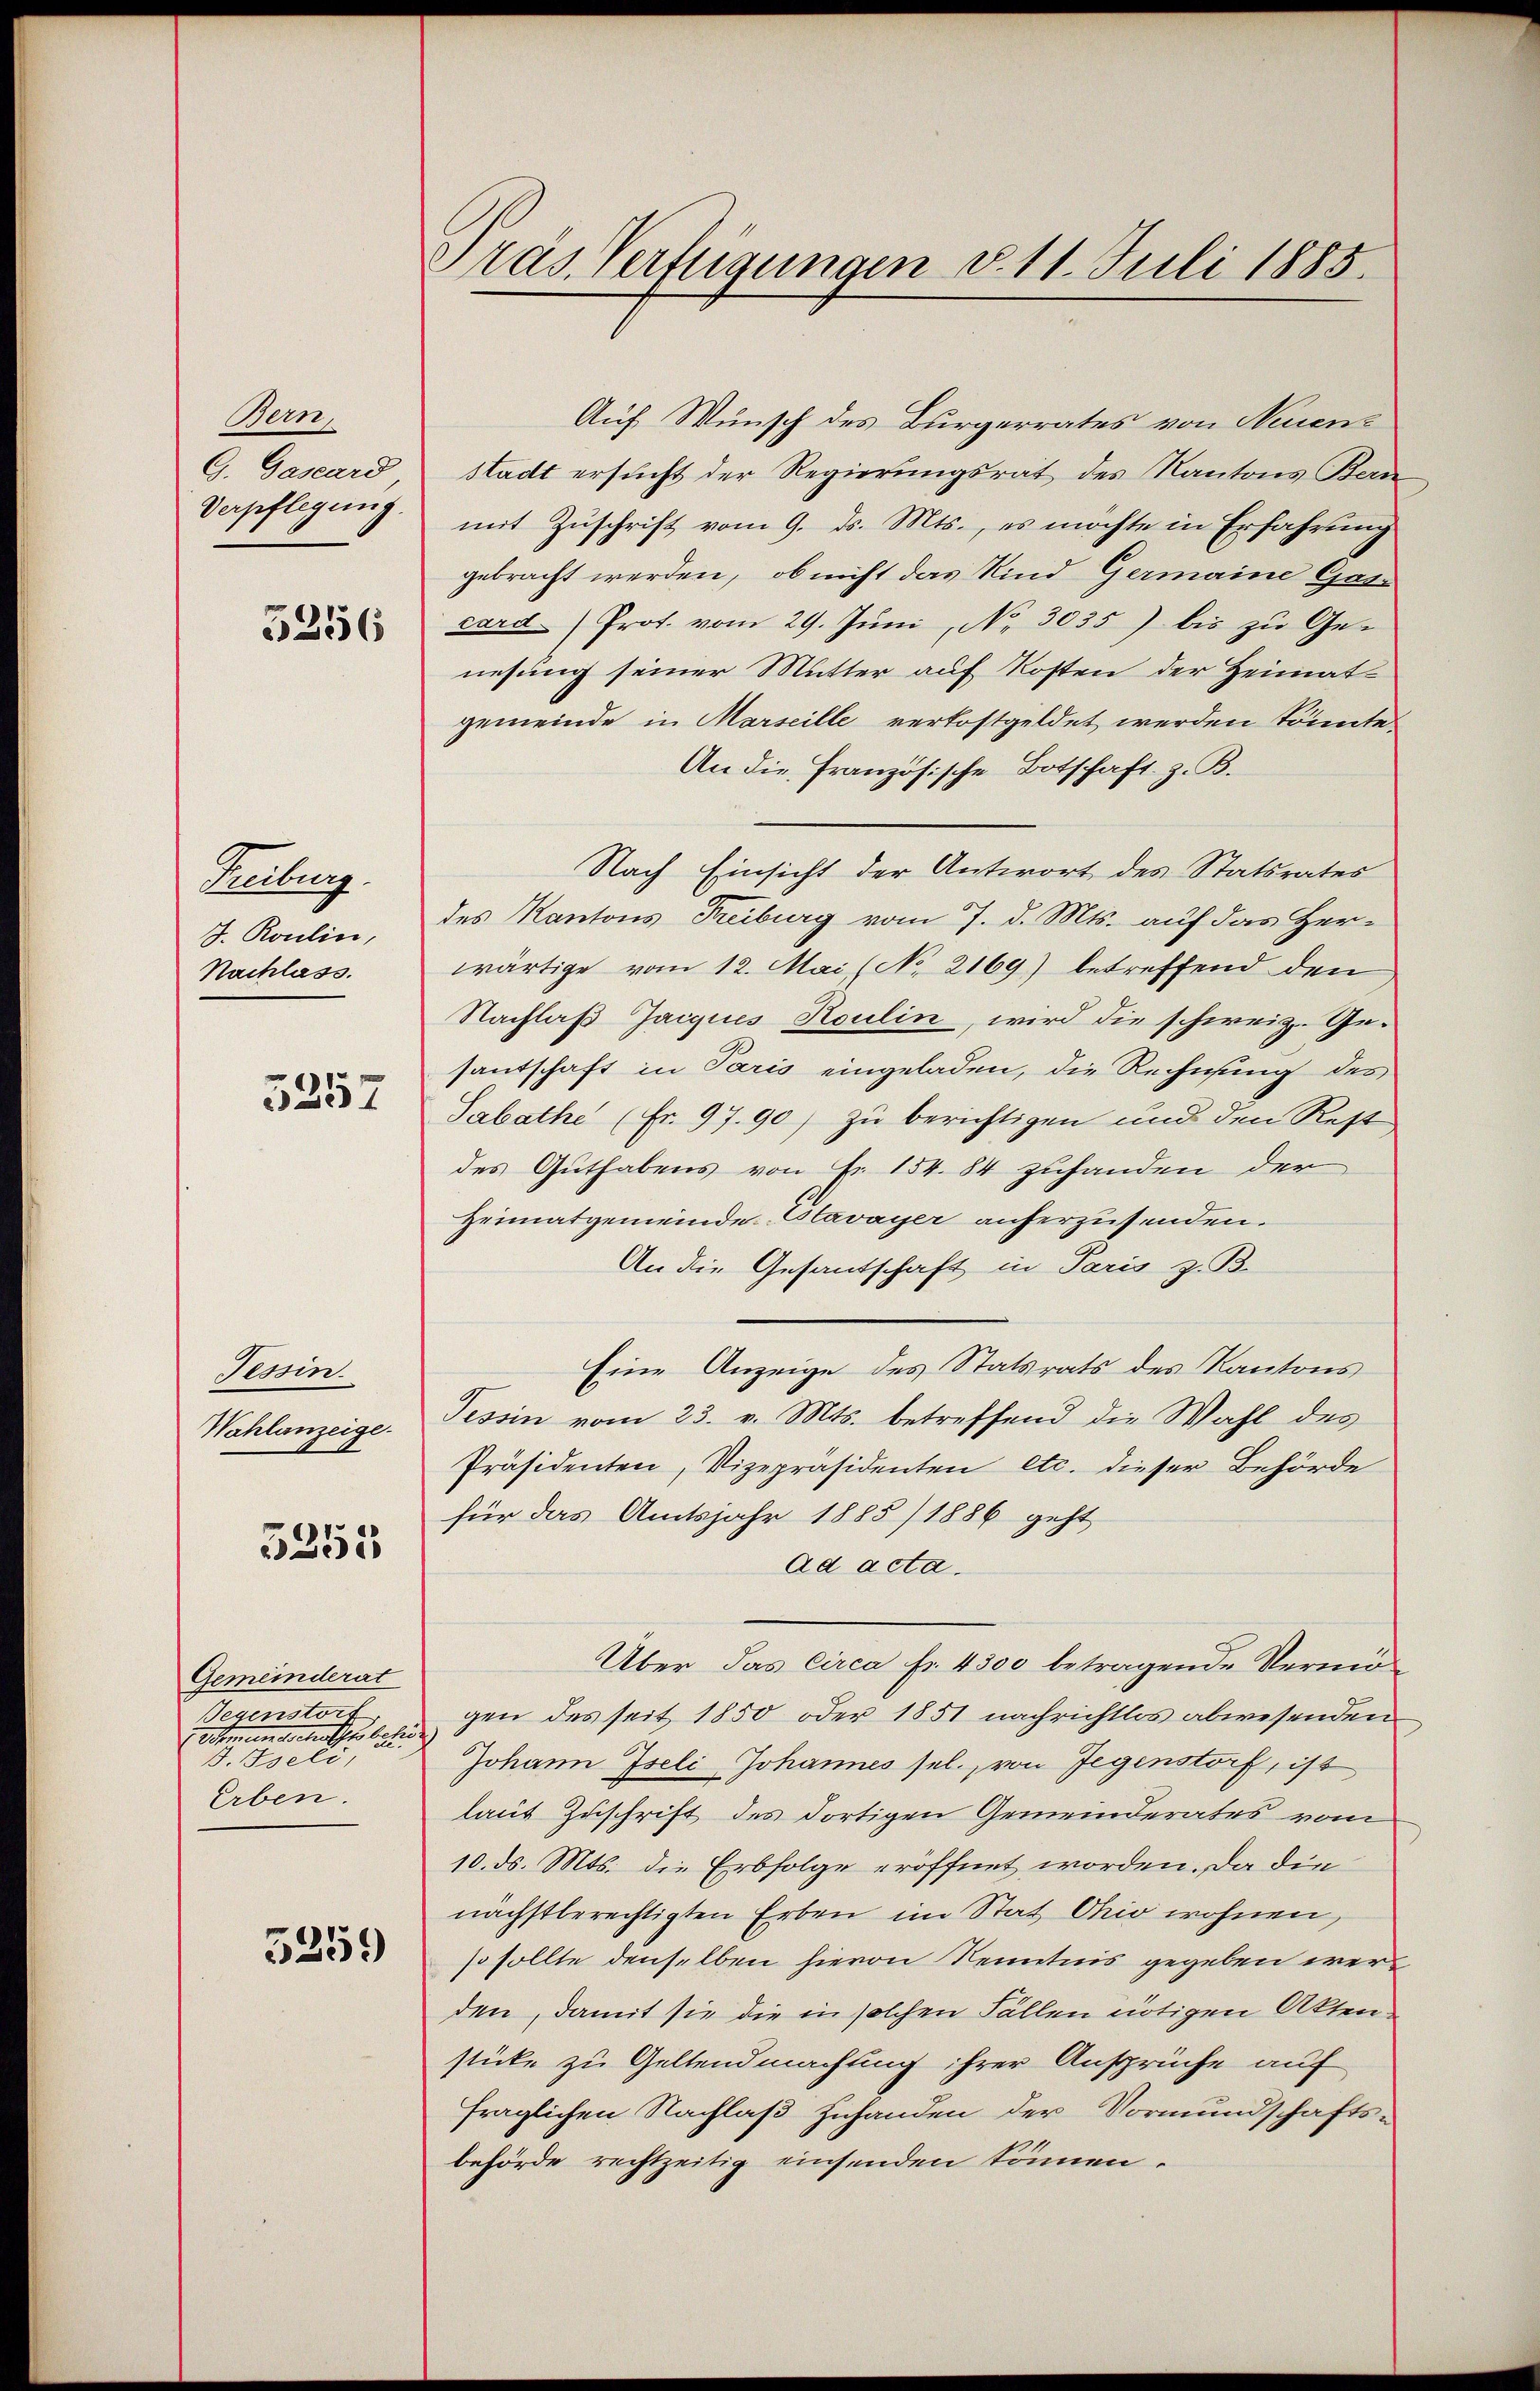
Bern,
G. Gasard
Verpflegung.

5256

Freiburg
J. Roulin,
Nachlass.

5257

Tessin.
Wahlanzeige¬

5355

Gemeinderat
e

J. Iseli,
Erben.

5259

Pras Verfügungen v. 11. Juli 1885.

Auf Wunsch des Burgerrates von Neuen-
stadt ersucht der Regierungsrat des Kantons Bern
mit Zuschrift vom 9. ds. Mts., es möchte in Erfahrung
gebracht werden, ob nicht das Kind Germaine Gatcard (Prot. vom 29. Juni, No 3035) bis zu Ge-
nesung seiner Mutter auf Kosten der Heimatgemeinde in Marseille verkostgeldet werden könnte.
An die Französische Botschaft z. B.
Nach Einsicht der Antwort des Statsrates
des Kantons Freiburg vom 7. d. Mts. auf das Herwärtige vom 12. Mai (No 2169) betreffend den
Nachlaß Jacques Koulin, wird die schweiz. Gesantschaft in Paris eingeladen, die Rechnung des
Sabathe (Fr. 97.90) zu berichtigen und den Rest
des Guthabens von Fr. 154. 84 zuhanden der
Heimatgemeinde Stavayer anherzusenden.
An die Gesantschaft in Paris z. B.
Eine Anzeige des Statsrats des Kantons
Tessin vom 23. v. Mts. betreffend die Wahl des
Präsidenten, Vizepräsidenten etc. dieser Behörde
für das Amtsjahr 1885/1886 geht
ad acta.
Über das Circa Fr. 4300 betragende Vermögen des seit 1850 oder 1851 nachrichtlos abwesenden
h
Johann Iseli Johannes sel., von Gegenstorf, ist
laut Zuschrift des dortigen Gemeinderates vom
10. ds. Mts. die Erbfolge eröffnet worden. Da die
nächstberechtigten Erben im Stat Ohio wohnen,
so sollte denselben hievon Kenntnis gegeben werden, damit sie die in solchen Fällen nötigen Akten
stücke zu Geltendmachung ihrer Ansprüche auf
fraglichen Nachlaß zuhanden der Vormundschafts-
behörde rechtzeitig einsenden können.